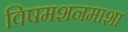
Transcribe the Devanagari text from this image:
विषमशनमाशा